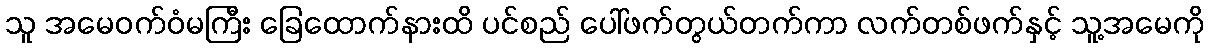
သူ အမေဝက်ဝံမကြီး ခြေထောက်နားထိ ပင်စည် ပေါ်ဖက်တွယ်တက်ကာ လက်တစ်ဖက်နှင့် သူ့အမေကို